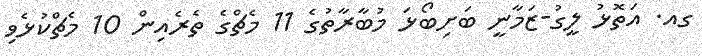
ގއ. އަތޮޅު ލީގު-ޒަމާނީ ބަށިބޯޅަ މުބާރާތުގެ 11 މެޗްގެ ތެރެއިން 10 މެޗްކުޅެވި